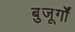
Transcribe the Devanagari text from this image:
बुजूर्गों